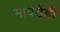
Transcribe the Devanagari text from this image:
भावंडेंही